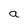
Character: a